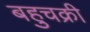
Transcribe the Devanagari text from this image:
बहुचक्री